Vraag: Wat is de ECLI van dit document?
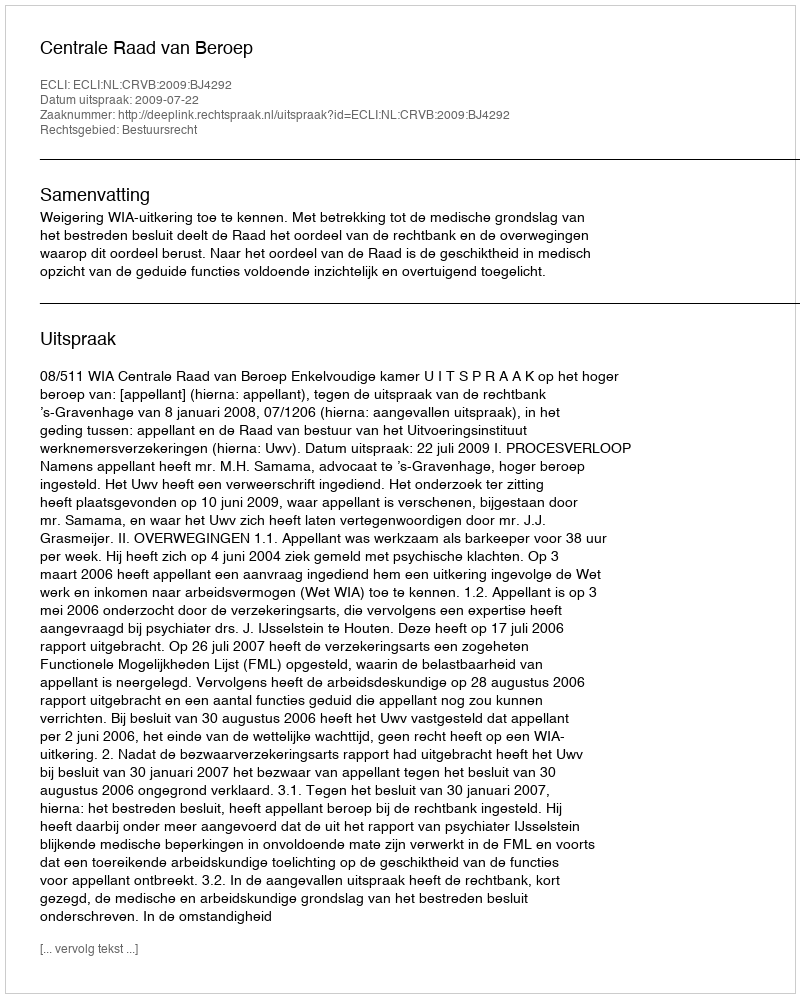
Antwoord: ECLI:NL:CRVB:2009:BJ4292